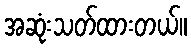
အဆုံးသတ်ထားတယ်။